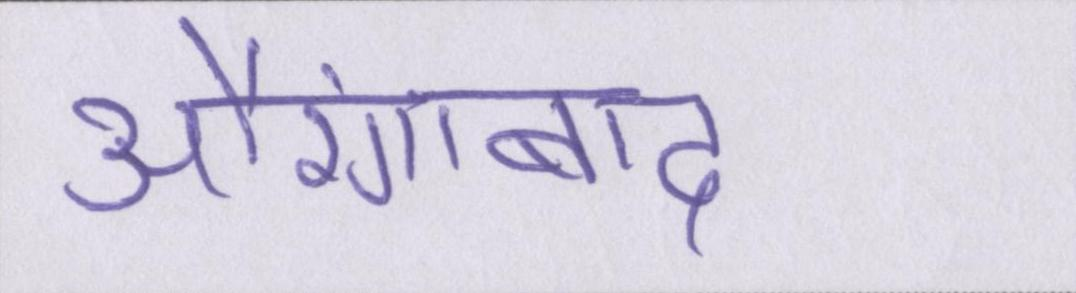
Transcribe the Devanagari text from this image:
औरंगाबाद